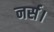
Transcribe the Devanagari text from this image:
नर्स।